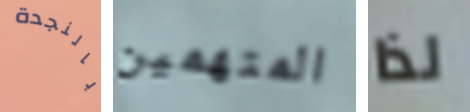
بالنجدة المتهمين لذا